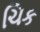
ચિક